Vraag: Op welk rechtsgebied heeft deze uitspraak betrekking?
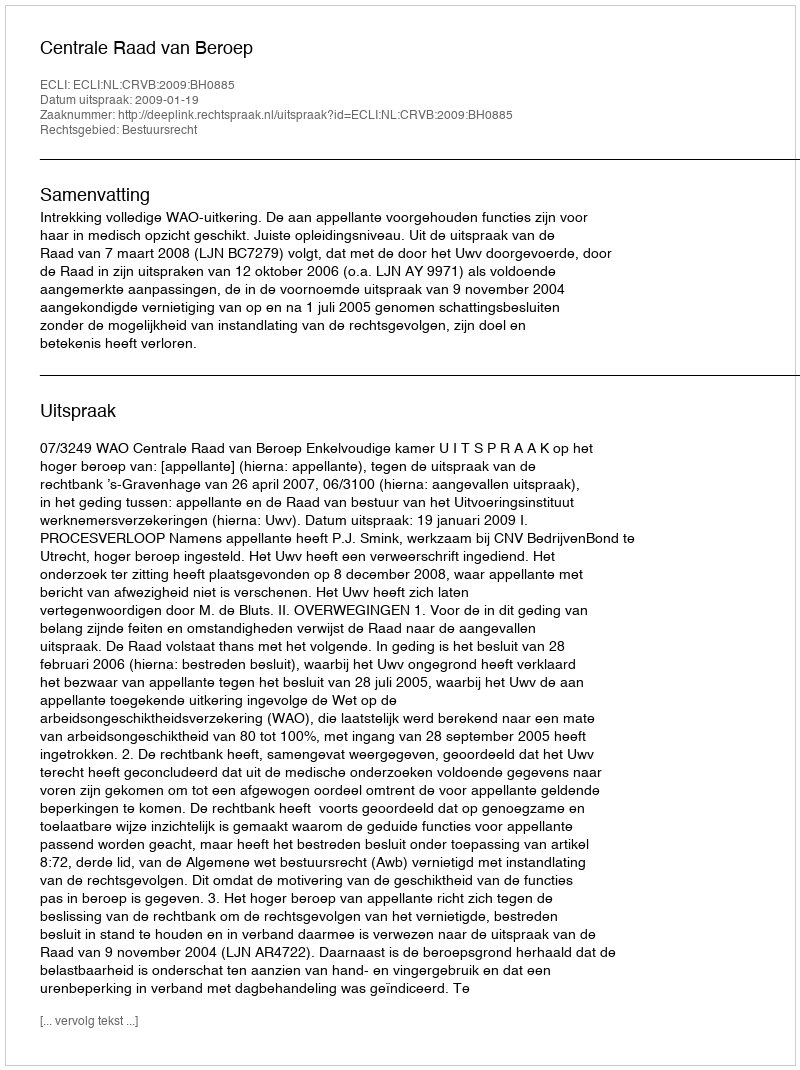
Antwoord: Bestuursrecht